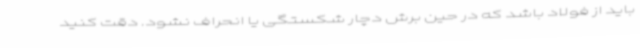
باید از فولاد باشد که در حین برش دچار شکستگی یا انحراف نشود. دقت کنید